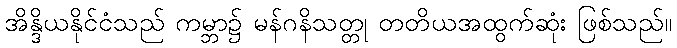
အိန္ဒိယနိုင်ငံသည် ကမ္ဘာ၌ မန်ဂနိသတ္တု တတိယအထွက်ဆုံး ဖြစ်သည်။